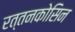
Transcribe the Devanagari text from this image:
रत्तनकोसिन